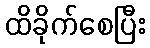
ထိခိုက်စေပြီး